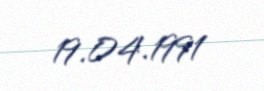
19.04.1991